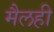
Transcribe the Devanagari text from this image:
मैलही